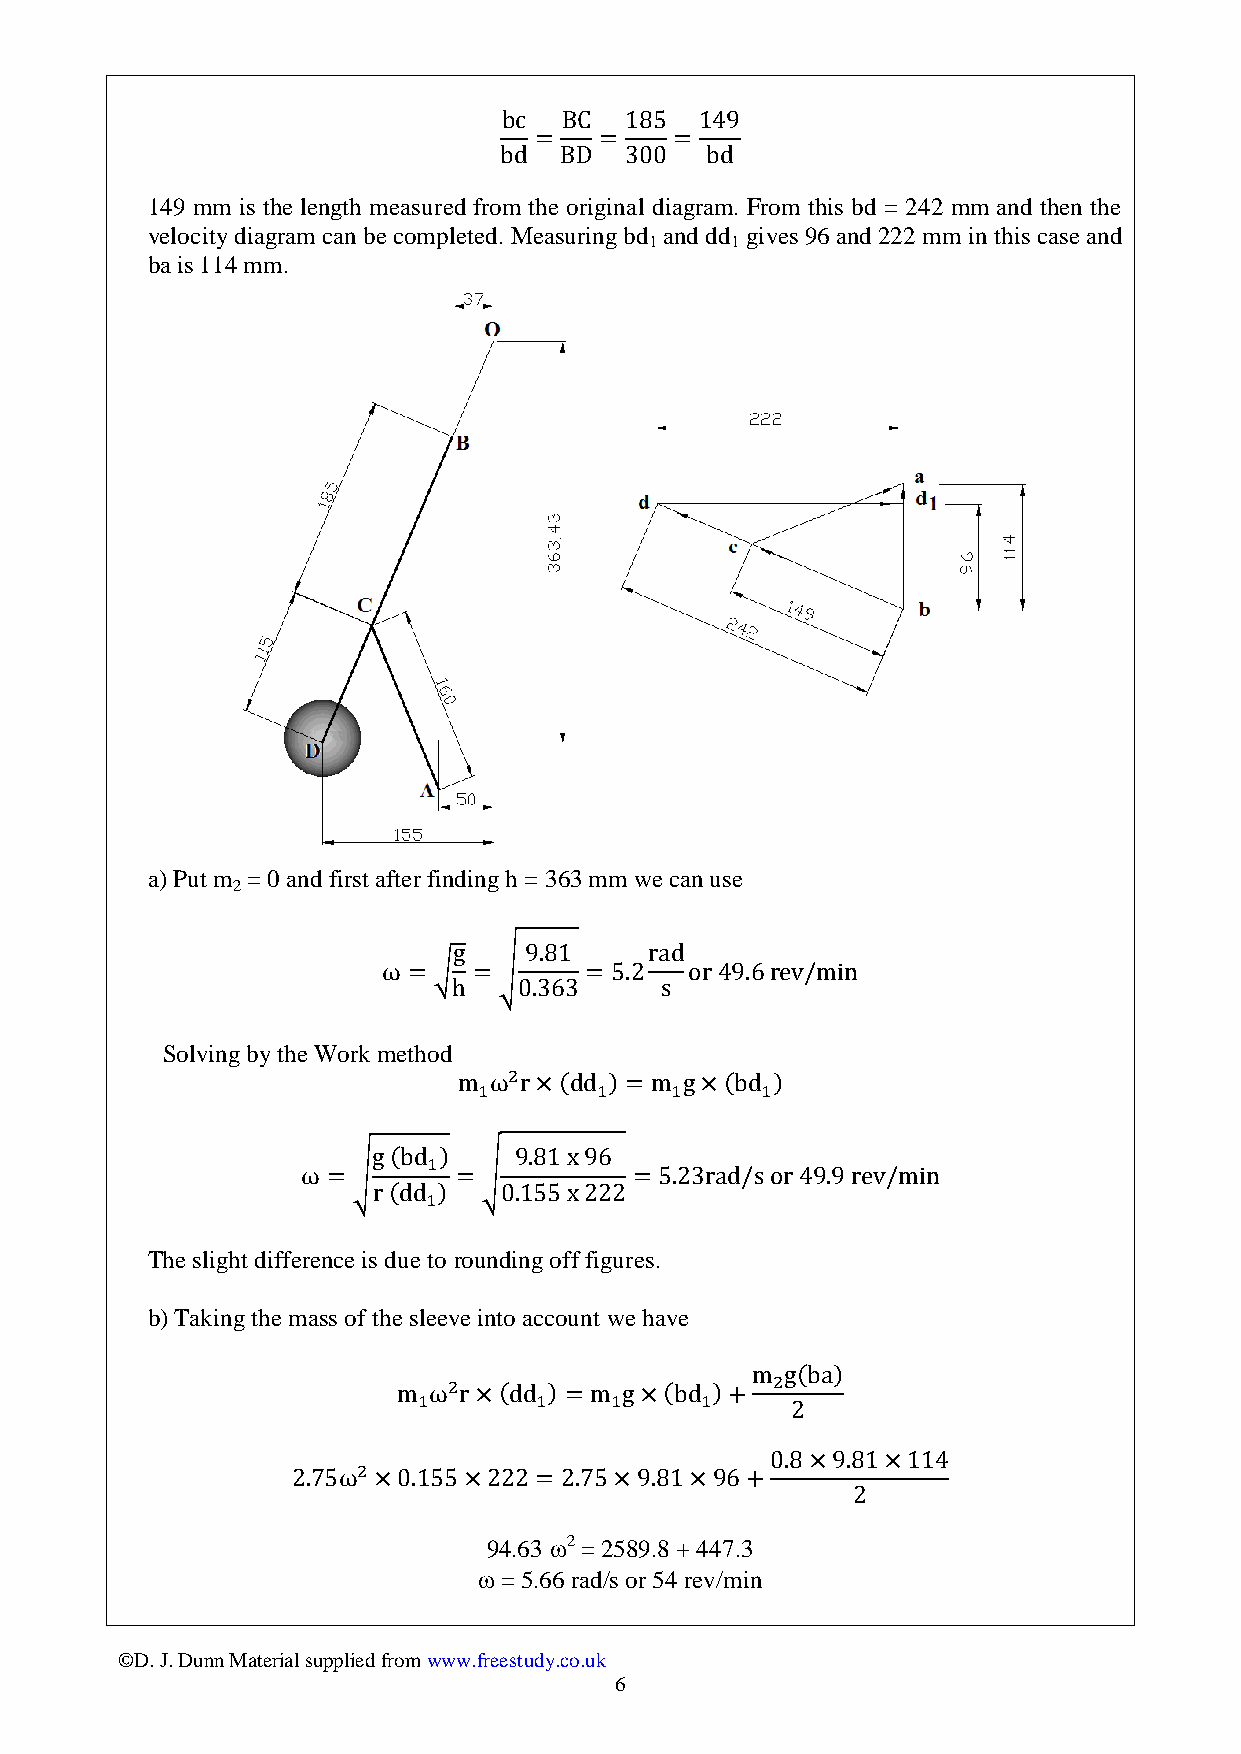
149 mm is the length measured from the original diagram. From this bd = 242 mm and then the
 velocity diagram can be completed. Measuring bd and dd gives 96 and 222 mm in this case and
 1    1
 ba is 114 mm.
 a) Put m = 0 and first after finding h = 363 mm we can use
 2
 Solving by the Work method
 The slight difference is due to rounding off figures.
 b) Taking the mass of the sleeve into account we have
 94.63 2 = 2589.8 + 447.3
  = 5.66 rad/s or 54 rev/min
 ©D. J. Dunn Material supplied from www.freestudy.co.uk
 6